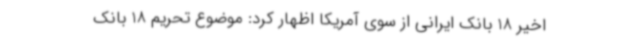
اخیر 18 بانک ایرانی از سوی آمریکا اظهار کرد: موضوع تحریم 18 بانک